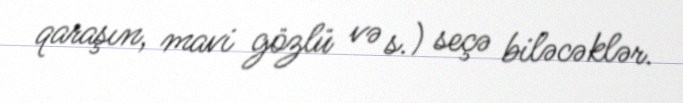
qaraşın, mavi gözlü və s.) seçə biləcəklər.